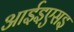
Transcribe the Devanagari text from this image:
आईइएसइ